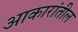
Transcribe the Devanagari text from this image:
आकारांतील